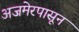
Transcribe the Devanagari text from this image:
अजमेरपासून